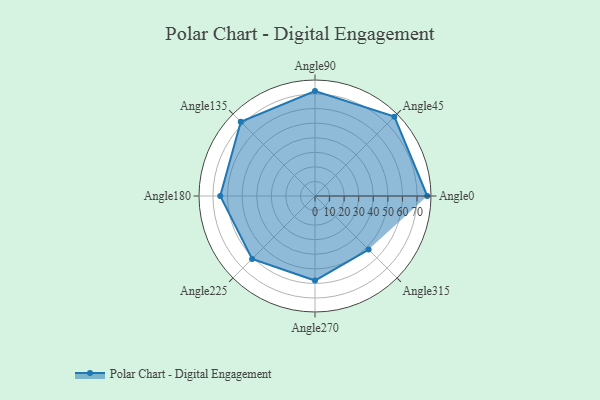
{"axis": {"x": "Angle", "y": "Radius"}, "legend": [""], "data": [{"x": "Angle0", "y": 77.0, "type": ""}, {"x": "Angle45", "y": 77.0, "type": ""}, {"x": "Angle90", "y": 72.0, "type": ""}, {"x": "Angle135", "y": 72.0, "type": ""}, {"x": "Angle180", "y": 65.0, "type": ""}, {"x": "Angle225", "y": 61.0, "type": ""}, {"x": "Angle270", "y": 58.0, "type": ""}, {"x": "Angle315", "y": 52.0, "type": ""}]}